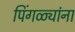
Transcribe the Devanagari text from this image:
पिंगळ्यांना